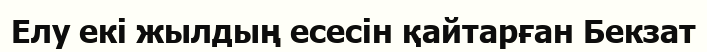
Елу екі жылдың есесін қайтарған Бекзат